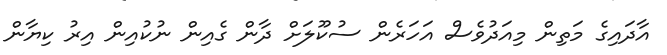
އާދައިގެ މަތިން މިއަދުވެސް އަހަރެން ސުކޫލަށް ދާން ގެއިން ނުކުއިން އިރު ކިޔާން